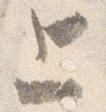
上